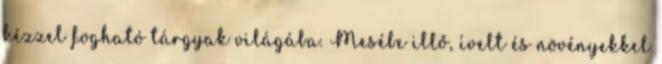
kézzel fogható tárgyak világába. Mesébe illő, ívelt és növényekkel